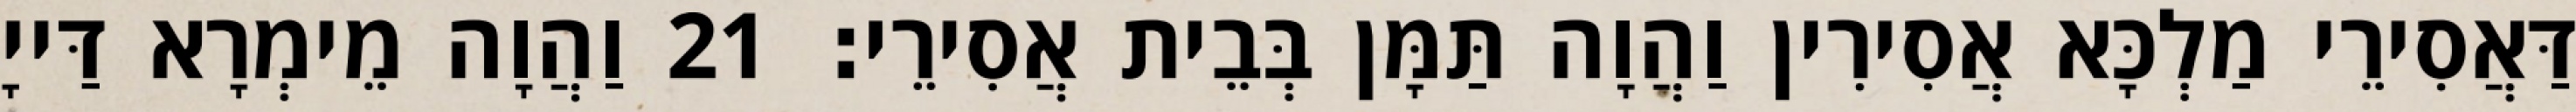
דַּאֲסִירֵי מַלְכָּא אֲסִירִין וַהֲוָה תַּמָּן בְּבֵית אֲסִירֵי׃ 21 וַהֲוָה מֵימְרָא דַּייָ